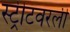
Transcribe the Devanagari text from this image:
स्ट्रीटवरली